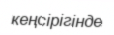
кеңсірігінде